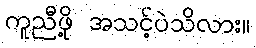
ကူညီဖို့ အသင့်ပဲသိလား။